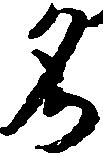
名